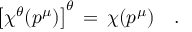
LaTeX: \left[ \chi ^ { \theta } ( p ^ { \mu } ) \right] ^ { \theta } \, = \, \chi ( p ^ { \mu } ) \quad .